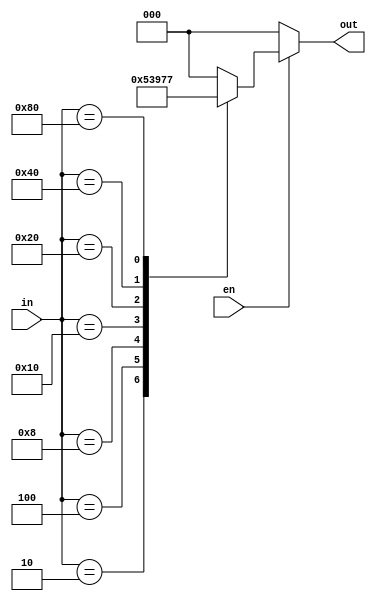
`timescale 1ns / 1ps
//////////////////////////////////////////////////////////////////////////////////
// Company: 
// Engineer: 
// 
// Design Name: 
// Module Name:    Encoder8_3 
// Project Name: 
// Target Devices: 
// Tool versions: 
// Description: 
//
// Dependencies: 
//
// Revision: 
// Revision 0.01 - File Created
// Additional Comments: 
//
//////////////////////////////////////////////////////////////////////////////////
module Encoder8_3(en,in,out);
input [7:0]in;
input en;
output reg [2:0]out;
always@(en or in)
begin
	if(en==1)
	begin
	case(in)
	8'b00000001:out=3'b000;
	8'b00000010:out=3'b001;
	8'b00000100:out=3'b010;
	8'b00001000:out=3'b011;
	8'b00010000:out=3'b100;
	8'b00100000:out=3'b101;
	8'b01000000:out=3'b110;
	8'b10000000:out=3'b111;
	default:out=3'b0;
	endcase
	end
	else
		out=3'b0;
end
endmodule